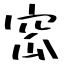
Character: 窊